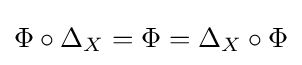
\Phi \circ \Delta _{X}=\Phi =\Delta _{X}\circ \Phi